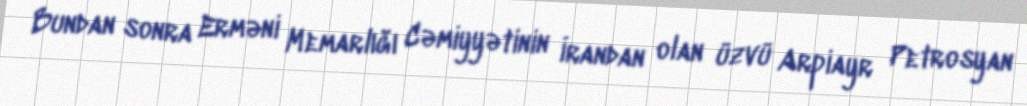
Bundan sonra Erməni Memarlığı Cəmiyyətinin İrandan olan üzvü Arpiayr Petrosyan